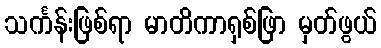
သင်္ကန်းဖြစ်ရာ မာတိကာရှစ်ဖြာ မှတ်ဖွယ်